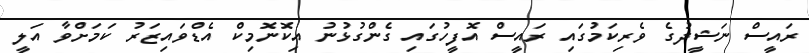
ރައީސް ނަޝީދުގެ ވެރިކަމުގައި ރައީސް އޮފީހުގައި ގެންގުޅުނު އިކޮނޮމިކް އެޑްވައިޒަރު ކަމަށްވާ އަލީ